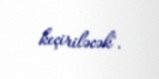
keçiriləcək".